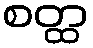
စတ္ထ